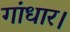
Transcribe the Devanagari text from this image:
गांधार।